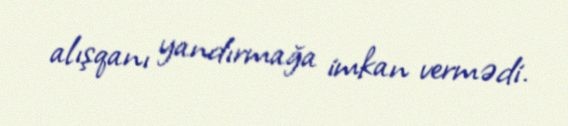
alışqanı yandırmağa imkan vermədi.